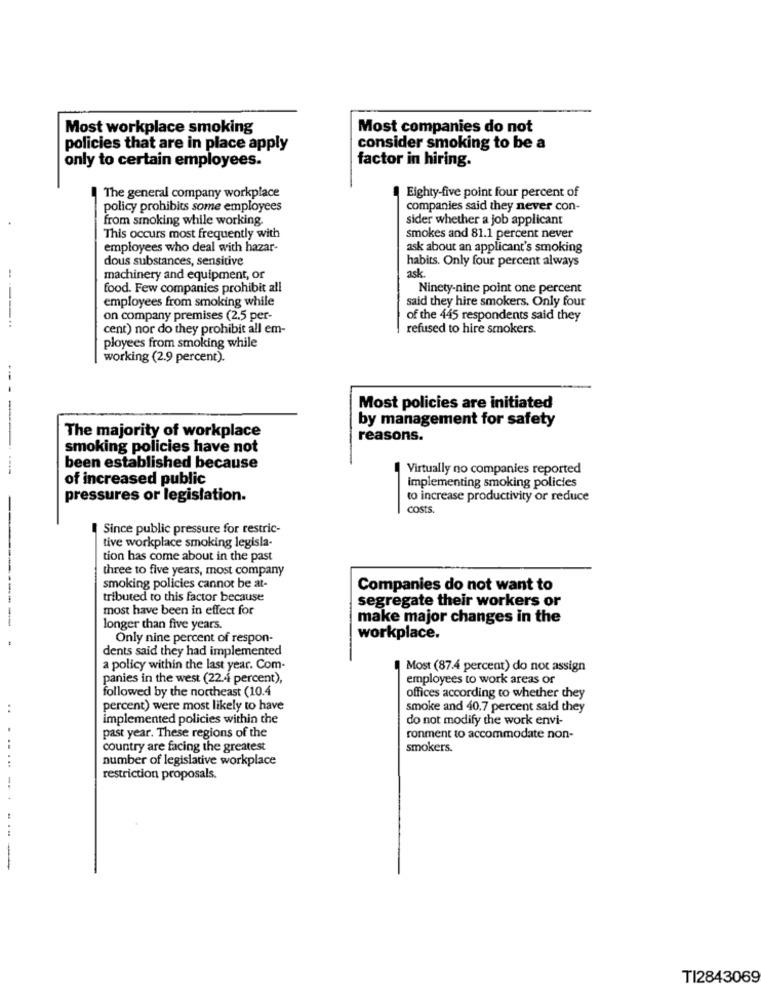
Most workplace smoking
Most companies do not
policies that are in place apply
consider smoking to be a
only to certain employees.
factor in hiring.
Eighty-five point four percent of
The general company workplace
policy prohibits some employees
companies said they never con-
from smoking while working
sider whether a job applicant
This occurs most frequently with
smokes and 81.1 percent never
employees who deal with hazar-
ask about an applicant's smoking
dous substances, sensitive
habits. Only four percent always
machinery and equipment, or
ask.
food. Few companies prohibit all
Ninety-nine point one percent
employees from smoking while
said they hire smokers. Only four
----
on company premises (2.5 per-
of the 445 respondents said they
cent) nor do they prohibit all em-
refused to hire smokers.
ployees from smoking while
working (2.9 percent).
Most policies are initiated
by management for safety
The majority of workplace
reasons.
smoking policies have not
----
been established because
Virtually no companies reported
of increased public
implementing smoking policies
pressures or legislation.
to increase productivity or reduce
costs
Since public pressure for restric-
tive workplace smoking legisla-
tion has come about in the past
three to five years, most company
smoking policies cannot be at-
Companies do not want to
tributed to this factor because
segregate their workers or
most have been in effect for
make major changes in the
longer than five years.
Only nine percent of respon-
workplace.
dents said they had implemented
a policy within the last year. Com-
Most (87.4 percent) do not assign
panies in the west (22.44 percent),
employees to work areas of
followed by the northeast (10.4
offices according to whether they
percent) were most likely to have
smoke and 40.7 percent said they
implemented policies within the
do not modify the work envi-
past year. These regions of the
ronment to accommodate non-
country are facing the greatest
smokers.
number of legislative workplace
restriction proposals.
.. .. .
---
TI2843069